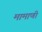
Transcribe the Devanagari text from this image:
मामाणी